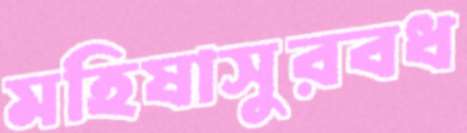
মহিষাসুরবধ